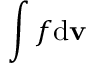
\int f \mathrm { d } { \mathbf v }